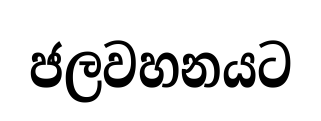
ජලවහනයට